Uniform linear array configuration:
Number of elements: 24
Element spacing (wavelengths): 1
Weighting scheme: hann
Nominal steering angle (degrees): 30
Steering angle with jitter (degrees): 29.143
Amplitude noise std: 0.05
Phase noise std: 0.05

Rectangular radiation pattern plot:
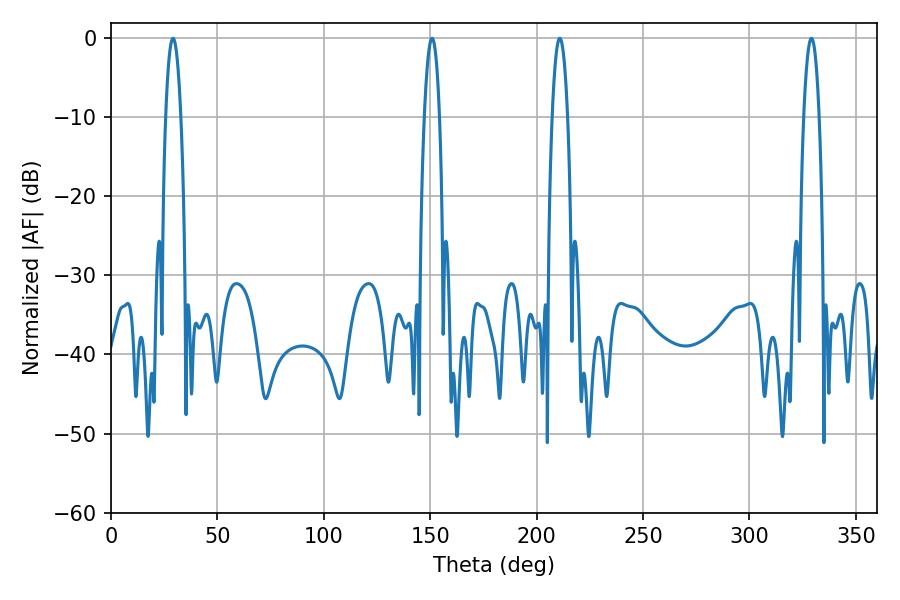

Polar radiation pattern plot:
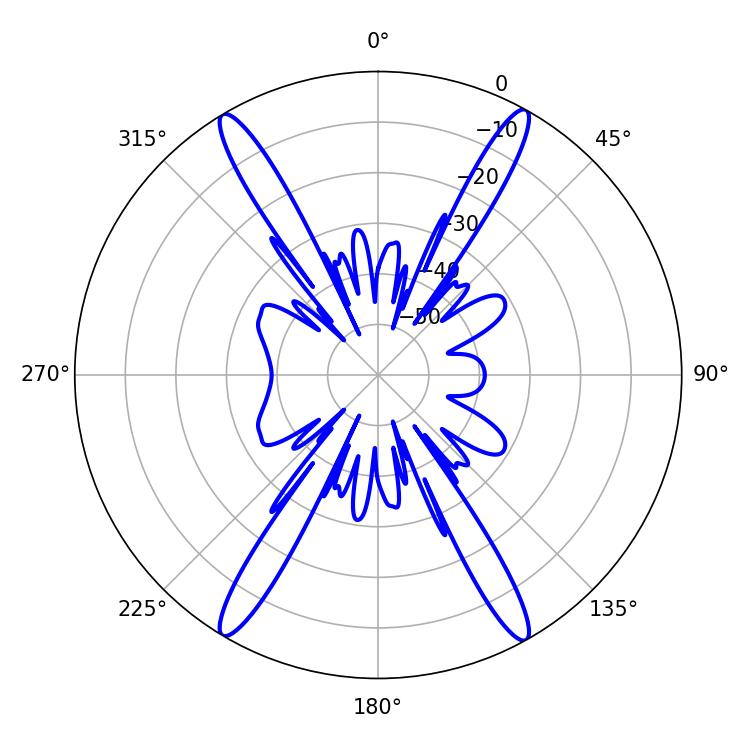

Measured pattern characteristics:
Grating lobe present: TRUE
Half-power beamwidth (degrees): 3.96
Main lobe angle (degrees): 29.16